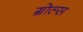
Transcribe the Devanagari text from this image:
ग्रोल्स